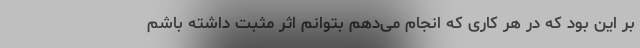
بر این بود که در هر کاری که انجام می‌دهم بتوانم اثر مثبت داشته باشم